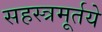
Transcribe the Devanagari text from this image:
सहस्त्रमूर्तये